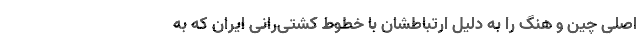
اصلی چین و هنگ‌ را به دلیل ارتباطشان با خطوط کشتی‌رانی ایران که به